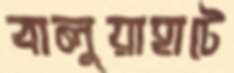
বালুয়াহাটে